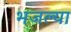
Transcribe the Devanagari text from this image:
भजल्या